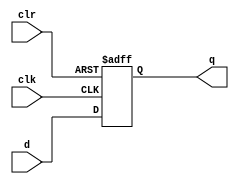
`timescale 1ns / 1ps
//////////////////////////////////////////////////////////////////////////////////
// Company: 
// Engineer: 
// 
// Design Name: 
// Module Name:    LFSR 
// Project Name: 
// Target Devices: 
// Tool versions: 
// Description: 
//
// Dependencies: 
//
// Revision: 
// Revision 0.01 - File Created
// Additional Comments: 
//
//////////////////////////////////////////////////////////////////////////////////
module DLatch(input clk,input clr,input d,
					output reg q);
		always@(posedge clr or posedge clk)
		begin
			if(clr==1)
			begin
				q<=0;
			end
			else
				q<=d;
		end
endmodule

module LFSR(input clk,input clr,
				output wire[3:0] q);
		DLatch D3(clk,clr,q[0],q[3]);
		DLatch D2(clk,clr,q[3]~^q[0],q[2]);
		DLatch D1(clk,clr,q[2],q[1]);
		DLatch D0(clk,clr,q[1],q[0]);
endmodule

module DisplaySR(input clk,input clr,
				output wire[7:0] qs);
		wire[3:0] randomOut;
		LFSR random(clk,clr,randomOut);
		DLatch D7(clk,clr,randomOut[2],qs[7]);
		DLatch D6(clk,clr,qs[7],qs[6]);
		DLatch D5(clk,clr,qs[6],qs[5]);
		DLatch D4(clk,clr,qs[5],qs[4]);
		DLatch D3(clk,clr,qs[4],qs[3]);
		DLatch D2(clk,clr,qs[3],qs[2]);
		DLatch D1(clk,clr,qs[2],qs[1]);
		DLatch D0(clk,clr,qs[1],qs[0]);
endmodule
//for better actual view divided clk into 1HZ
module DispalySlow(input clk1,input clr,
				output wire[7:0] qs);
		integer counter=0;
		reg clk2;
		DisplaySR Slow(clk2,clr,qs);
		always@(posedge clk1)
		begin
			counter<=counter+1;
			if(counter>=100_000_000)
			begin
				counter<=0;
				if(clk2!=0)
					clk2<=0;
				else
					clk2<=1;
			end
			else
				;
		end
endmodule